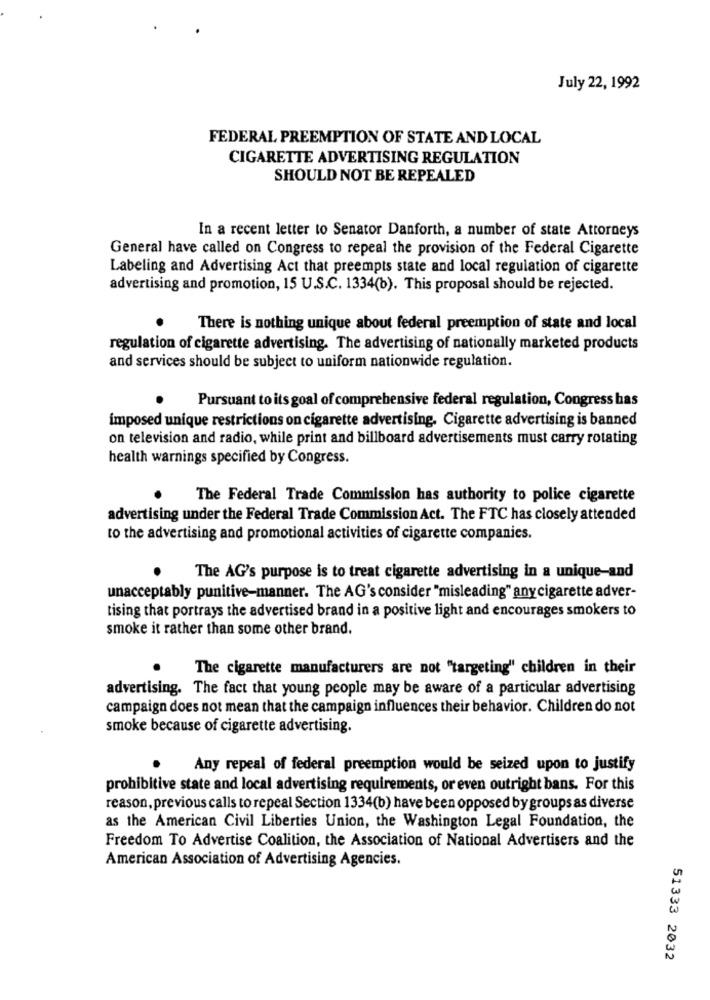
July 22, 1992
FEDERAL PREEMPTION OF STATE AND LOCAL
CIGARETTE ADVERTISING REGULATION
SHOULD NOT BE REPEALED
In a recent letter to Senator Danforth, a number of state Attorneys
General have called on Congress to repeal the provision of the Federal Cigarette
Labeling and Advertising Act that preempts state and local regulation of cigarette
advertising and promotion, 15 U.S.C. 1334(b). This proposal should be rejected.
There is nothing unique about federal preemption of state and local
regulation of cigarette advertising. The advertising of nationally marketed products
and services should be subject to uniform nationwide regulation.
Pursuant to its goal of comprehensive federal regulation, Congress has
imposed unique restrictions on cigarette advertising. Cigarette advertising is banned
on television and radio, while print and billboard advertisements must carry rotating
health warnings specified by Congress.
The Federal Trade Commission has authority to police cigarette
advertising under the Federal Trade Commission Act. The FTC has closely attended
to the advertising and promotional activities of cigarette companies.
The AG's purpose is to treat cigarette advertising in a unique-and
unacceptably punitive-manner. The AG's consider "misleading" any cigarette adver-
tising that portrays the advertised brand in a positive light and encourages smokers to
smoke it rather than some other brand.
The cigarette manufacturers are not "targeting" children in their
advertising. The fact that young people may be aware of a particular advertising
campaign does not mean that the campaign influences their behavior. Children do not
smoke because of cigarette advertising.
Any repeal of federal preemption would be seized upon to justify
prohibitive state and local advertising requirements, or even outright bans. For this
reason, previous calls to repeal Section 1334(b) have been opposed by groups as diverse
as the American Civil Liberties Union, the Washington Legal Foundation, the
Freedom To Advertise Coalition, the Association of National Advertisers and the
American Association of Advertising Agencies.
51333 2032